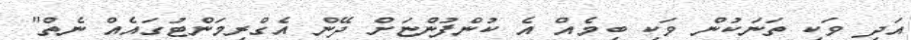
އަދި ވަކި ތަނަކުން ވަކި ބިމެއް އެ ކުންފުންޏަށް ދޭން އެގްރިމަންޓުގައެއް ނެތް"